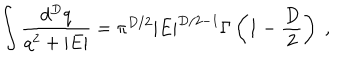
LaTeX: \int \frac { d ^ { { D } } q } { q ^ { 2 } + | E | } = \pi ^ { { D } / 2 } | E | ^ { { D } / 2 - 1 } \Gamma \left( 1 - \frac { D } { 2 } \right) \; ,